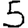
Digit: 5